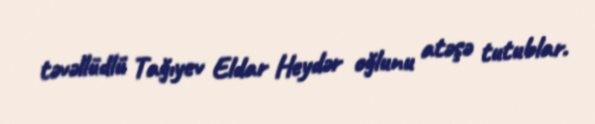
təvəllüdlü Tağıyev Eldar Heydər oğlunu atəşə tutublar.